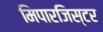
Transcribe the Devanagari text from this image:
मिपारजिस्टर